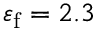
\varepsilon _ { \mathrm { f } } = 2 . 3